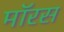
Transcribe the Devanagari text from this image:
मॉरस